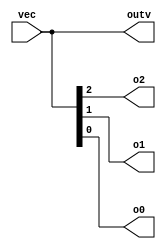
// Build a circuit that has one 3-bit input, then outputs the same vector, and also splits it into three separate 1-bit outputs. 
// Connect output o0 to the input vector's position 0, o1 to position 1, etc.

module top_module ( 
    input wire [2:0] vec,
    output wire [2:0] outv,
    output wire o2,
    output wire o1,
    output wire o0  ); // Module body starts after module declaration
    
    assign outv = vec;
    assign o2 = vec[2];
    assign o1 = vec[1];
    assign o0 = vec[0];

endmodule